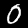
Label: 0